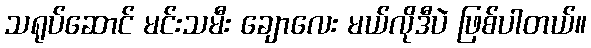
သရုပ်ဆောင် မင်းသမီး ချောလေး မယ်လိုဒီပဲ ဖြစ်ပါတယ်။